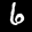
Label: 6